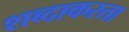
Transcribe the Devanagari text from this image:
शब्दाकरता